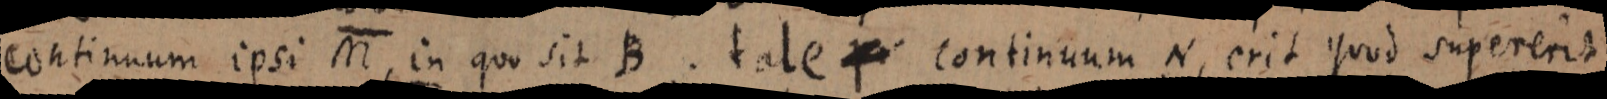
continuum ipsi M, in quo sit B. tale _ continuum N, erit quod supererit